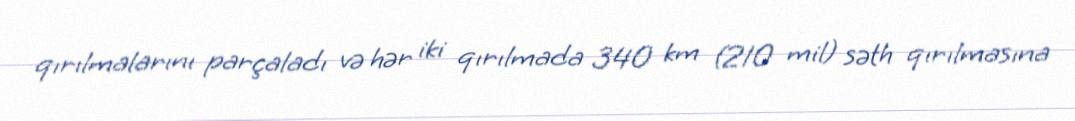
qırılmalarını parçaladı və hər iki qırılmada 340 km (210 mil) səth qırılmasına